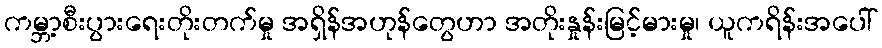
ကမ္ဘာ့စီးပွားရေးတိုးတက်မှု အရှိန်အဟုန်တွေဟာ အတိုးနှုန်းမြင့်မားမှု၊ ယူကရိန်းအပေါ်